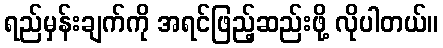
ရည်မှန်းချက်ကို အရင်ဖြည့်ဆည်းဖို့ လိုပါတယ်။